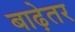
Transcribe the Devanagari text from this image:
बाढ़ेतर